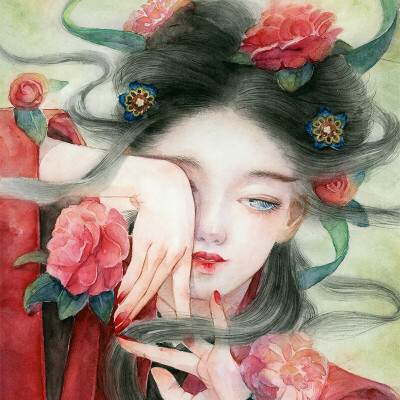
过眼年华，动人幽意，相逢几番春换。